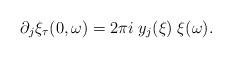
LaTeX: \begin{align*}\partial_j \xi_\tau(0,\omega)= 2 \pi i \; y_j(\xi) \; \xi(\omega). \end{align*}